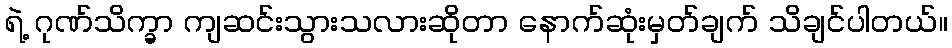
ရဲ့ ဂုဏ်သိက္ခာ ကျဆင်းသွားသလားဆိုတာ နောက်ဆုံးမှတ်ချက် သိချင်ပါတယ်။